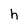
Character: h